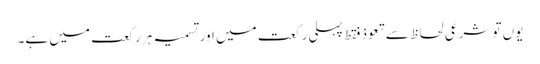
یوں تو شرعی لحاظ سے تعوذ فقط پہلی رکعت میں اور تسمیہ ہر رکعت میں ہے۔